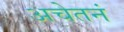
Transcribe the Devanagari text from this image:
अचेतनं